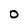
Character: 0